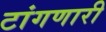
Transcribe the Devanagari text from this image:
टांगणारी